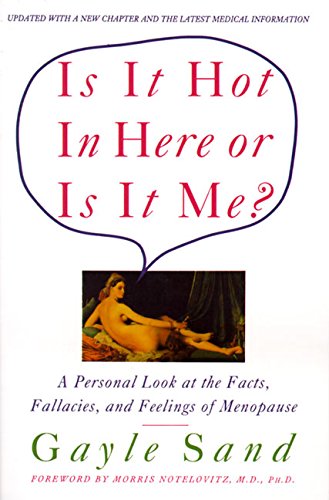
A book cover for Is It Hot in Here or Is It Me?: Personal Look at the Facts, Fallacies, and Feelings of Menopause, A; Gayle Sand; Health, Fitness & Dieting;